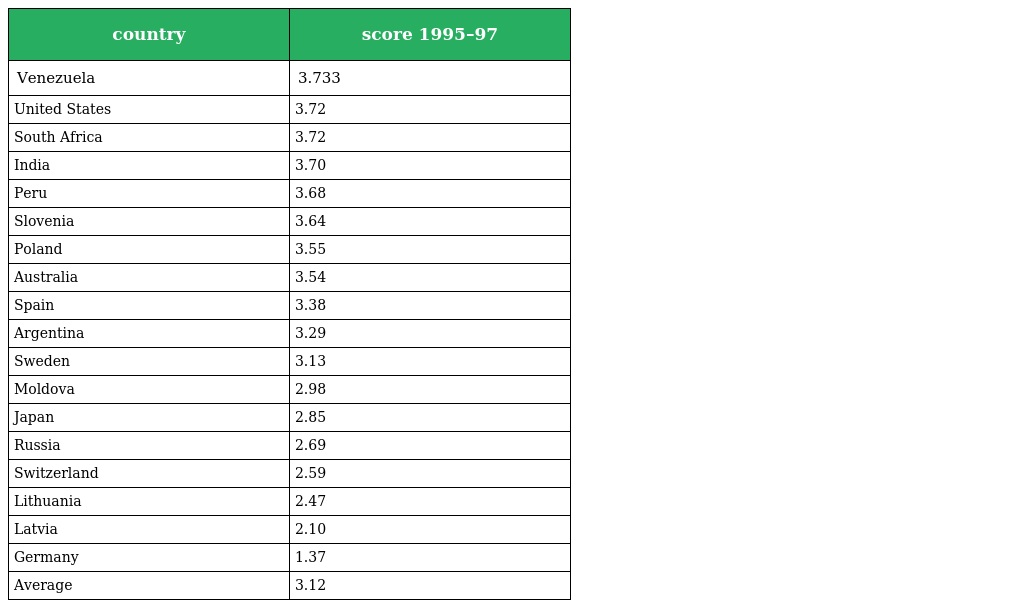
| country | score 1995–97 |
 | --- | --- |
 | Venezuela | 3.733 |
 | United States | 3.72 |
 | South Africa | 3.72 |
 | India | 3.70 |
 | Peru | 3.68 |
 | Slovenia | 3.64 |
 | Poland | 3.55 |
 | Australia | 3.54 |
 | Spain | 3.38 |
 | Argentina | 3.29 |
 | Sweden | 3.13 |
 | Moldova | 2.98 |
 | Japan | 2.85 |
 | Russia | 2.69 |
 | Switzerland | 2.59 |
 | Lithuania | 2.47 |
 | Latvia | 2.10 |
 | Germany | 1.37 |
 | Average | 3.12 |